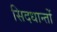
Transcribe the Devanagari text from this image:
सिदधान्‍तों